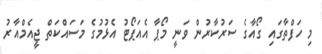
މި ހަފްތާގައި ގޯއާގެ ސަރުކާރުން ވަނީ މޯޕާ އެއަޕޯޓު އެޅުމުގެ މަސައްކަތް ޖީއެމްއާރު